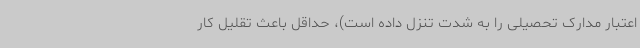
اعتبار مدارک تحصیلی را به شدت تنزل داده است)، حداقل باعث تقلیل کار